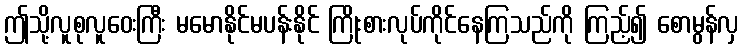
ဤသို့လူစုလူဝေးကြီး မမောနိုင်မပန်းနိုင် ကြိုးစားလုပ်ကိုင်နေကြသည်ကို ကြည့်၍ စောမွန်လှ